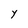
Character: Y